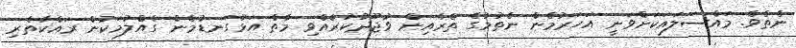
ނެތެވެ. މައްސަލައަކަށްވަނީ އަހަރުމެން ނެތުމުގެ ތެރެއިން ވުޖޫދުކުރެއްވި މާތް އަޅުގަނޑުމެން ގެއްލުމަކުން ރައްކާތެރި